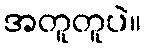
အတူတူပဲ။